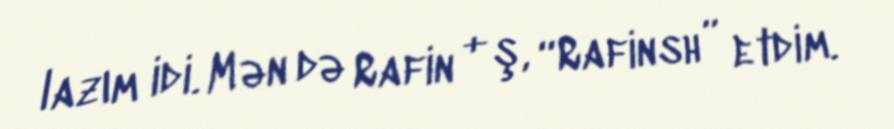
lazım idi. Mən də Rafin + ş, “Rafinsh” etdim.